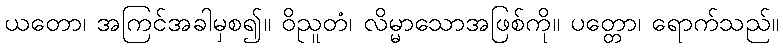
ယတော၊ အကြင်အခါမှစ၍။ ဝိညူတံ၊ လိမ္မာသောအဖြစ်ကို။ ပတ္တော၊ ရောက်သည်။